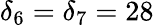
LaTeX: \delta_{6}=\delta_{7}=28